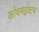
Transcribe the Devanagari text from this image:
कोंचमईश्ट्म